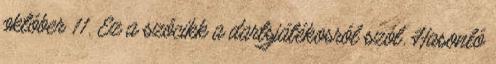
október 11. Ez a szócikk a dartsjátékosról szól. Hasonló